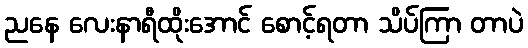
ညနေ လေးနာရီထိုးအောင် စောင့်ရတာ သိပ်ကြာ တာပဲ